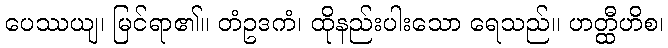
ပေဿယျ၊ မြင်ရာ၏။ တံဥဒကံ၊ ထိုနည်းပါးသော ရေသည်။ ဟတ္ထီဟိစ၊